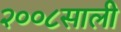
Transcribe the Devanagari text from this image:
२००८साली